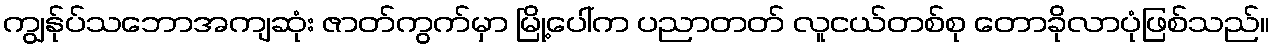
ကျွန်ုပ်သဘောအကျဆုံး ဇာတ်ကွက်မှာ မြို့ပေါ်က ပညာတတ် လူငယ်တစ်စု တောခိုလာပုံဖြစ်သည်။